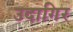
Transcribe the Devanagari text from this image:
उदागिर